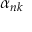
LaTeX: \alpha _ { n k }